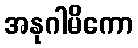
အနုဂါမိကော